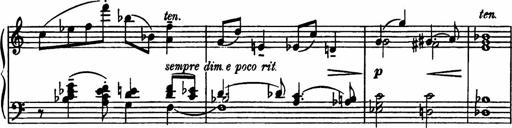
Title: Sonatilla
Composer: Mortimer Wilson
Key: C major